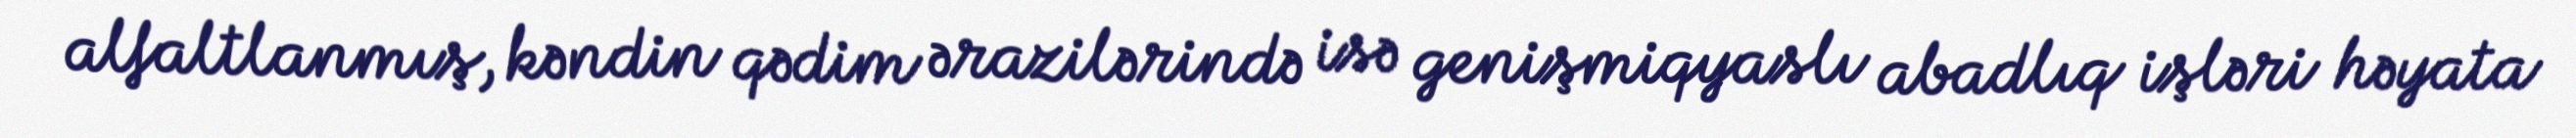
alfaltlanmış, kəndin qədim ərazilərində isə genişmiqyaslı abadlıq işləri həyata